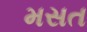
મસત